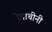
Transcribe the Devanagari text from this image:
रेवाचीनी